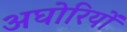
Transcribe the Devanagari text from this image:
अघोरियों